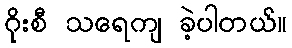
ဂိုးစီ သရေကျ ခဲ့ပါတယ်။